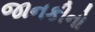
જાનકીનો